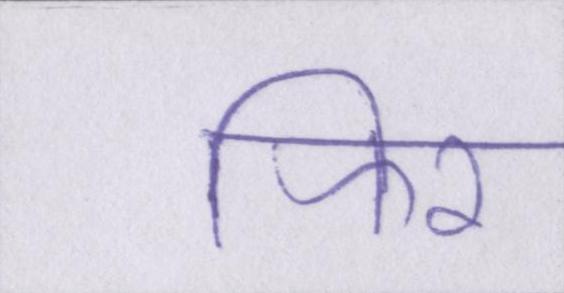
फिर